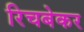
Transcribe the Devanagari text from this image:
रिचबेकर